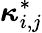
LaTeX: \boldsymbol{\kappa}_{i,j}^{*}